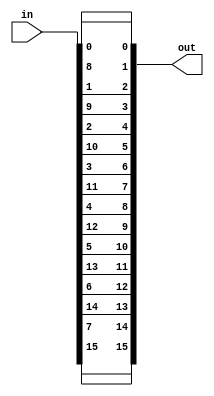
`ifndef __SHUFFLE__
 `define __SHUFFLE__

module shuffle(out, in);
   parameter WAY = 2;
   parameter WIRE = 8;

   input  [WAY*WIRE-1:0]	  in;
   output [WAY*WIRE-1:0]	  out;

   genvar			  i, j;

   generate
      for (i = 0 ; i < WAY ; i = i + 1)
	for (j = 0 ; j < WIRE ; j = j + 1)
	  assign out[j * WAY + i] = in[i * WIRE + j];
   endgenerate
endmodule

`endif